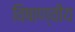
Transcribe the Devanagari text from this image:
विषाण्वीय